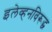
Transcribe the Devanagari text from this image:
इलेव्हनविरूद्ध